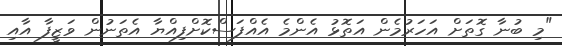
"މި ބުނާ ގޮތަށް އަހަރުމެން އަތޮޅު އެންމެ އެއްފަސްކޮށްފިއްޔާ އެތަނުން ވަޒީފާ އާއި